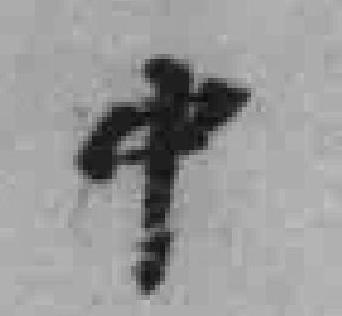
中